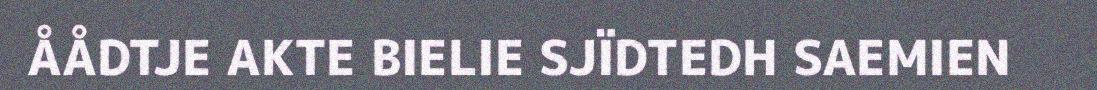
ÅÅDTJE AKTE BIELIE SJÏDTEDH SAEMIEN